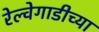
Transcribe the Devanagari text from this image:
रेल्वेगाडीच्या